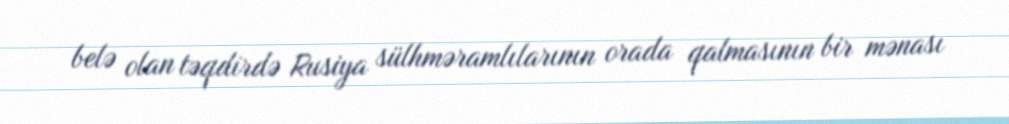
belə olan təqdirdə Rusiya sülhməramlılarının orada qalmasının bir mənası